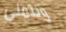
ونتمنى